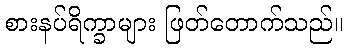
စားနပ်ရိက္ခာများ ဖြတ်တောက်သည်။